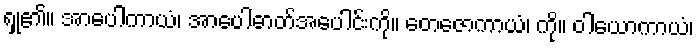
ရှု၏။ အာပေါကာယံ၊ အာပေါဓာတ်အပေါင်းကို။ တေဇောကာယံ၊ ကို။ ဝါယောကာယံ၊